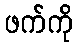
ဖက်ကို